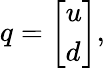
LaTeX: q={\left[\begin{array}{l}{u}\\ {d}\end{array}\right]},